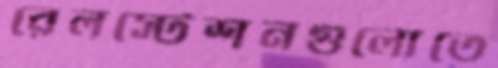
রেলস্টেশনগুলোতে